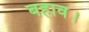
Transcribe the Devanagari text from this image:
बहाव।